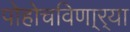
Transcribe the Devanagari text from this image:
पोहोचविणा्र्‍या